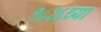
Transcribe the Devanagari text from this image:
१८२६च्या